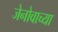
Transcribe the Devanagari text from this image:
जेनोवाच्या